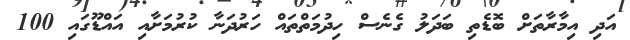
އަދި އިމާރާތަށް ބޮޑެތި ބަދަލު ގެނެސް ހިދުމަތްތައް ހަރުދަނާ ކުރުމަށާއި އައްޑޫގައި 100